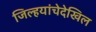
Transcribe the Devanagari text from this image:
जिल्हयांचेदेखिल